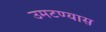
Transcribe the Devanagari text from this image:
उमटण्यास